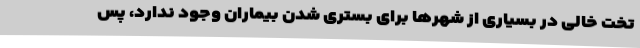
تخت خالی در بسیاری از شهرها برای بستری شدن بیماران وجود ندارد، پس